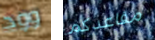
وود مقاعدكم